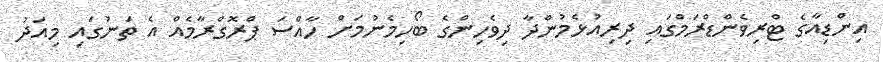
އިންޑިއާގެ ޓްރިވެންޑްރަމްގައި ދިރިއުޅެމުންދާ ދިވެހިންގެ ބޯހިމެނުމަށް ހާއްސަ ޕްރޮގްރާމެއް އެ ތަނުގައި މިއަދު